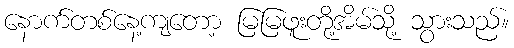
နောက်တစ်နေ့ကျတော့ မြမြဖူးတို့အိမ်သို့ သွားသည်။